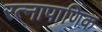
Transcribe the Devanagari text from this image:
रत्‍नापाणिक